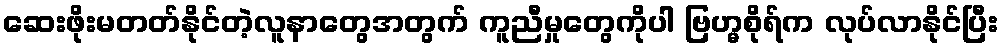
ဆေးဖိုးမတတ်နိုင်တဲ့လူနာတွေအတွက် ကူညီမှုတွေကိုပါ ဗြဟ္မစိုရ်က လုပ်လာနိုင်ပြီး